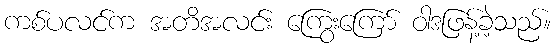
ကစ်ပလင်က အတိအလင်း ကြွေးကြော် ဝါဒဖြန့်ခဲ့သည်။